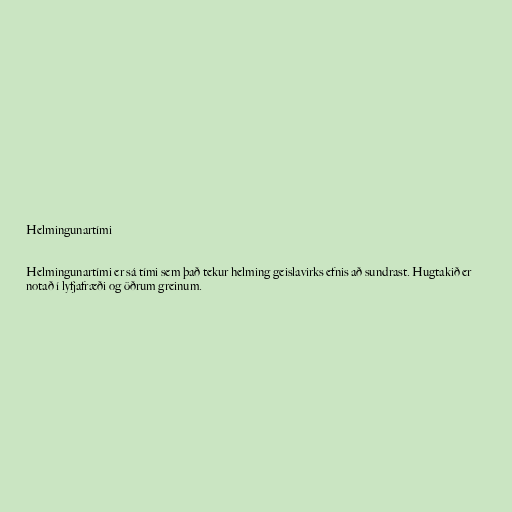
Helmingunartími

Helmingunartími er sá tími sem það tekur helming geislavirks efnis að sundrast. Hugtakið er
notað í lyfjafræði og öðrum greinum.